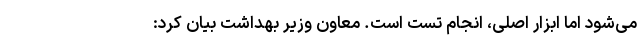
می‌شود اما ابزار اصلی، انجام تست است. معاون وزیر بهداشت بیان کرد: